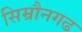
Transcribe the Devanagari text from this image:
सिम्रौनगढ